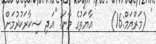
' (މަރްޔަމް:16)     އާޔަތުގެ މާނަ: ''އަދި ޝިކާރަކުރުމަށް